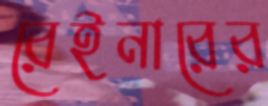
রেইনারের